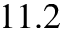
1 1 . 2